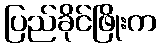
ပြည်ခိုင်ဖြိုးက